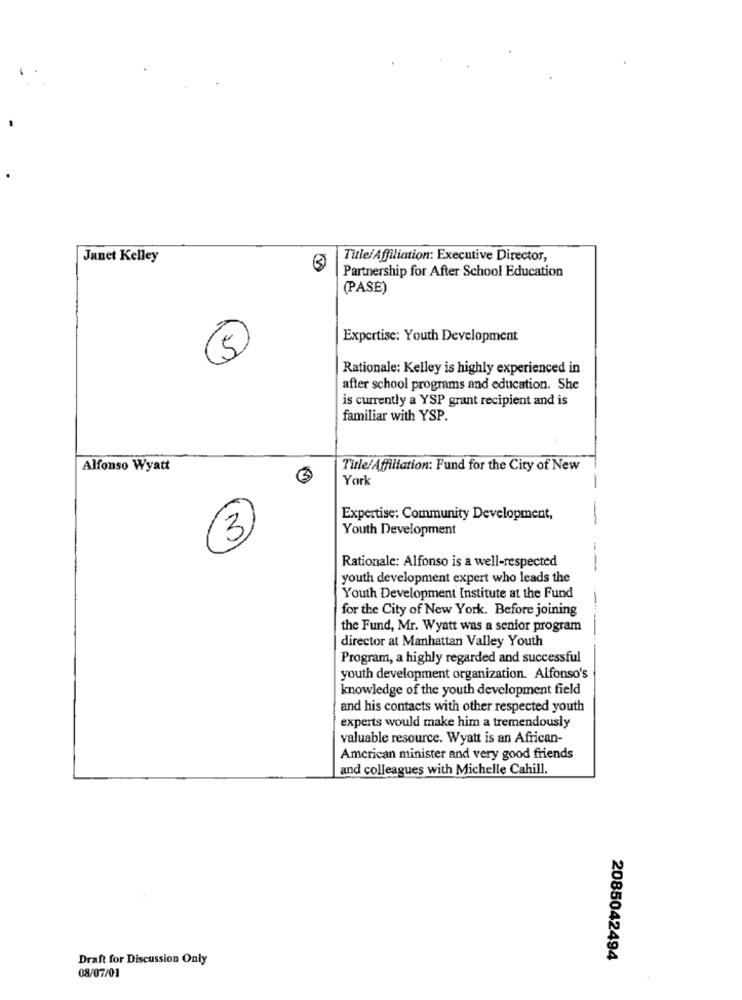
Janet Kelley
Title/Affiliation: Executive Director,
Partnership for After School Education
(PASE)
Expertise: Youth Development
5
Rationale: Kelley is highly experienced in
after school programs and education. She
is currently a YSP grant recipient and is
familiar with YSP.
Alfonso Wyatt
Title/Affiliation: Fund for the City of New
York
Expertise: Community Development,
Youth Development
3
Rationale: Alfonso is a well-respected
-
youth development expert who leads the
Youth Development Institute at the Fund
for the City of New York. Before joining
the Fund, Mr. Wyatt was a senior program
director at Manhattan Valley Youth
Program, a highly regarded and successful
youth development organization. Alfonso's
knowledge of the youth development field
and his contacts with other respected youth
experts would make him a tremendously
valuable resource. Wyatt is an African-
American minister and very good friends
and colleagues with Michelle Cahill.
Draft for Discussion Only
2085042494
08/07/01